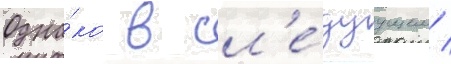
Одна́ко в сл'е́дуущем /